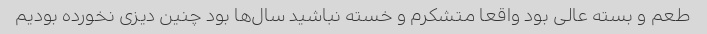
طعم و بسته عالی بود واقعا متشکرم و خسته نباشید سال‌ها بود چنین دیزی نخورده بودیم